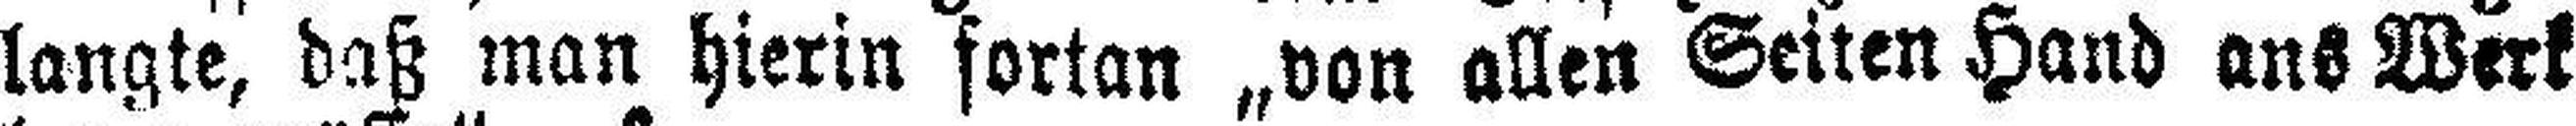
langte, daß man hierin fortan „von allen Seiten Hand ans Werk